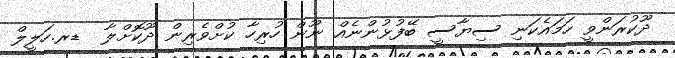
ދޫކުރަންވީ ހަމައެކަނި ސިޔާސީ ބޭފުޅުންނެއް ނޫން ހުރިހާ ކުށްވެރިން ދޫކޮށްލާ  ޑރ.ހަލީލް